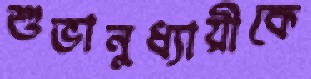
শুভানুধ্যায়ীকে